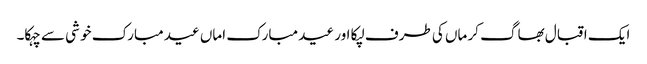
ایک اقبال بھاگ کر ماں کی طرف لپکا اور عید مبارک اماں عید مبارک خو شی سے چہکا۔